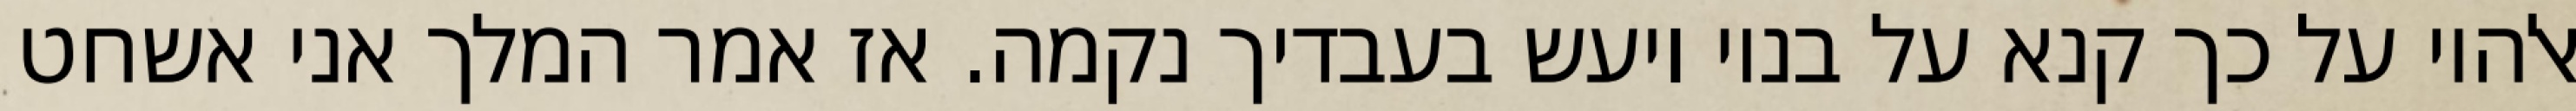
אלהיו על כך קנא על בניו ויעש בעבדיך נקמה. אז אמר המלך אני אשחט